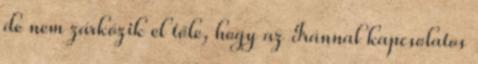
de nem zárkózik el tőle, hogy az Iránnal kapcsolatos